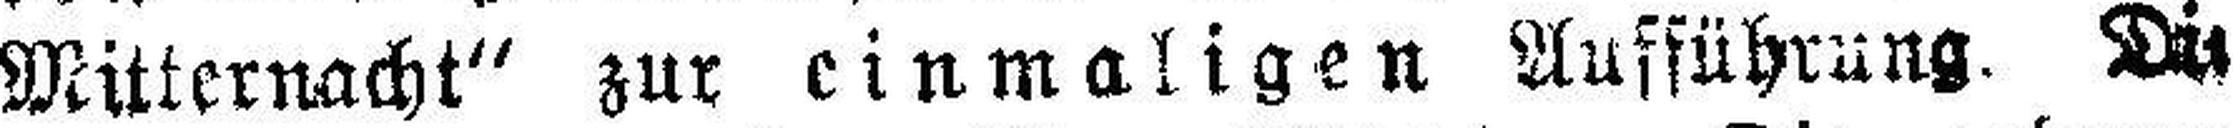
Mitternacht" zur einmaligen Ausführung. Die